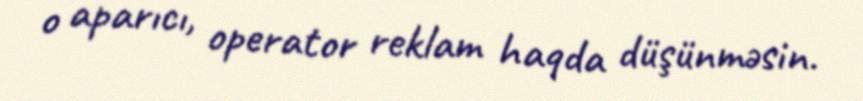
o aparıcı, operator reklam haqda düşünməsin.